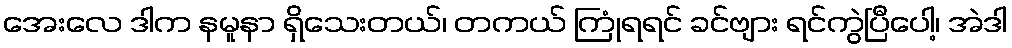
အေးလေ ဒါက နမူနာ ရှိသေးတယ်၊ တကယ် ကြုံရရင် ခင်ဗျား ရင်ကွဲပြီပေါ့၊ အဲဒါ